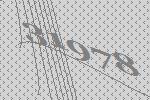
31978